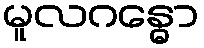
မူလဂန္ဓော